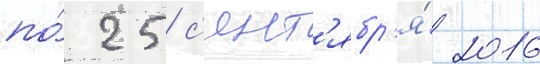
по́ 25 с'ент'ябр'я́ 2016